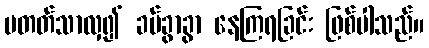
မတတ်သာလှ၍ ခပ်ခွာခွာ နေကြရခြင်း ဖြစ်ပါသည်။